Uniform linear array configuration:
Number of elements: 24
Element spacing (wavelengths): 0.75
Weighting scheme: binomial
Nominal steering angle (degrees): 15
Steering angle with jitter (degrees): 13.852
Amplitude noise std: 0.05
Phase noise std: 0.05

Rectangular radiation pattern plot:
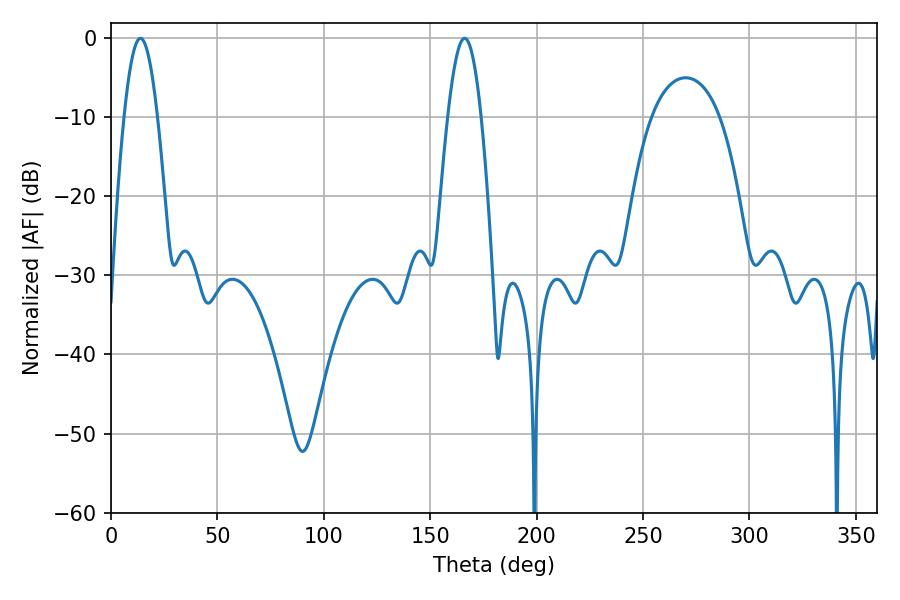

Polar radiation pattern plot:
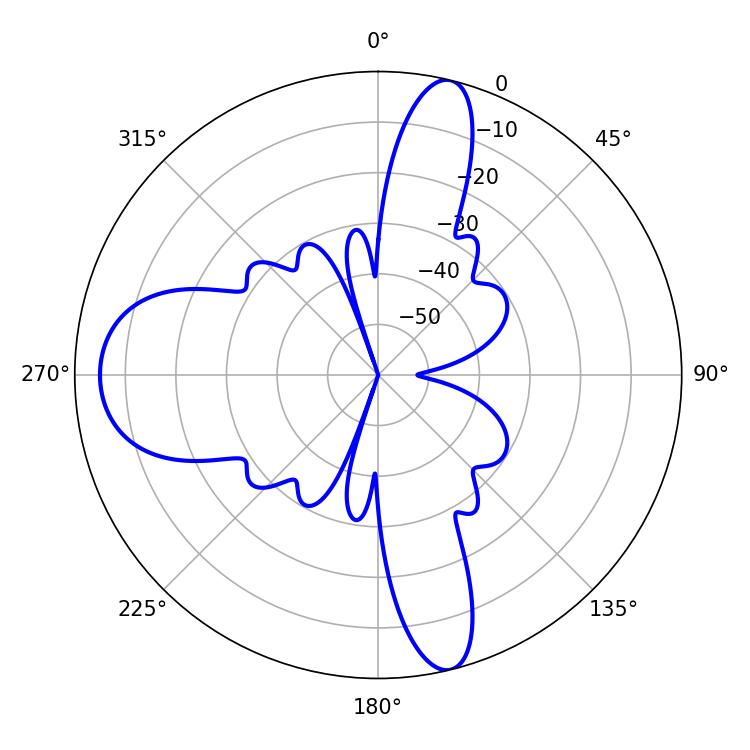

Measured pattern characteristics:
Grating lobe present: TRUE
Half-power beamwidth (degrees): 8.64
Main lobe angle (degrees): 13.86